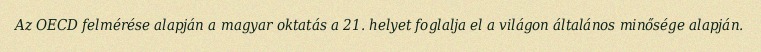
Az OECD felmérése alapján a magyar oktatás a 21. helyet foglalja el a világon általános minősége alapján.